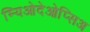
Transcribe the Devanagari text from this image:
म्यिओदेओप्सिअ